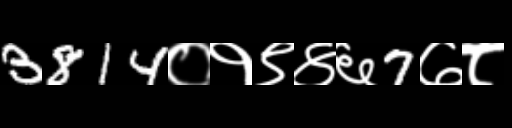
Text: 3814०१९४६7७८